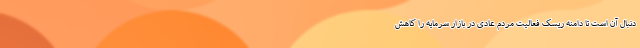
دنبال آن است تا دامنه ریسک فعالیت مردم عادی در بازار سرمایه را کاهش